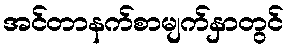
အင်တာနက်စာမျက်နှာတွင်